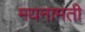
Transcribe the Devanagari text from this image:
मयनामती